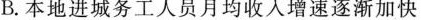
B.本地进城务工人员月均收入增速逐渐加快